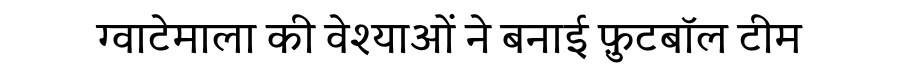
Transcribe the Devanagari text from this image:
ग्वाटेमाला की वेश्याओं ने बनाई फ़ुटबॉल टीम